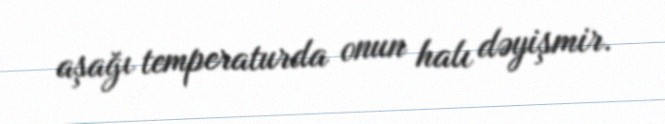
aşağı temperaturda onun halı dəyişmir.